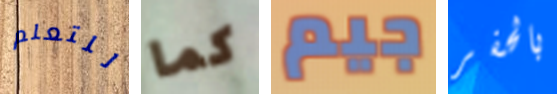
للتعلم كما جيم بالحفر